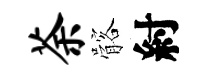
荼髂紂